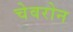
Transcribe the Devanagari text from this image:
चेवरोन